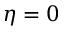
\eta = 0